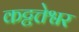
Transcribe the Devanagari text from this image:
कट्टत्तेश्वर